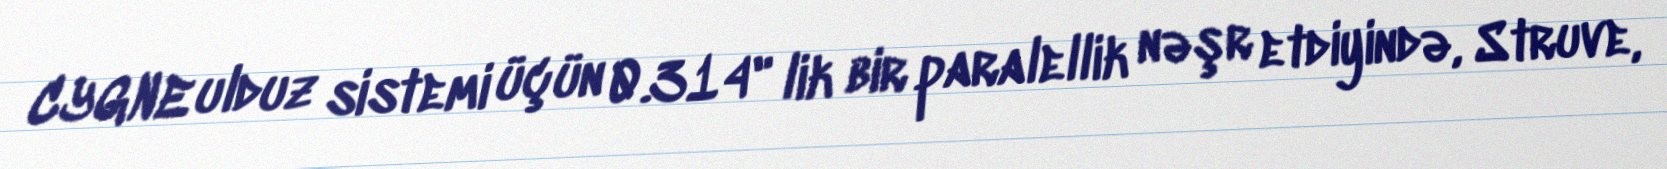
CYGNE ulduz sistemi üçün 0.314" lik bir paralellik nəşr etdiyində, Struve,